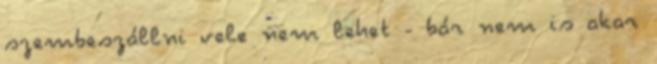
szembeszállni vele nem lehet - bár nem is akar